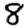
Digit: 8